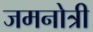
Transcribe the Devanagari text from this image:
जमनोत्री